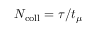
N _ { \mathrm { c o l l } } = \tau / t _ { \mu }